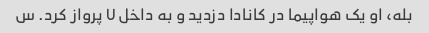
بله، او یک هواپیما در کانادا دزدید و به داخل U پرواز کرد. س